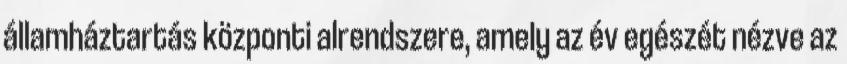
államháztartás központi alrendszere, amely az év egészét nézve az